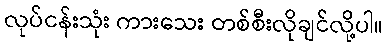
လုပ်ငန်းသုံး ကားသေး တစ်စီးလိုချင်လို့ပါ။